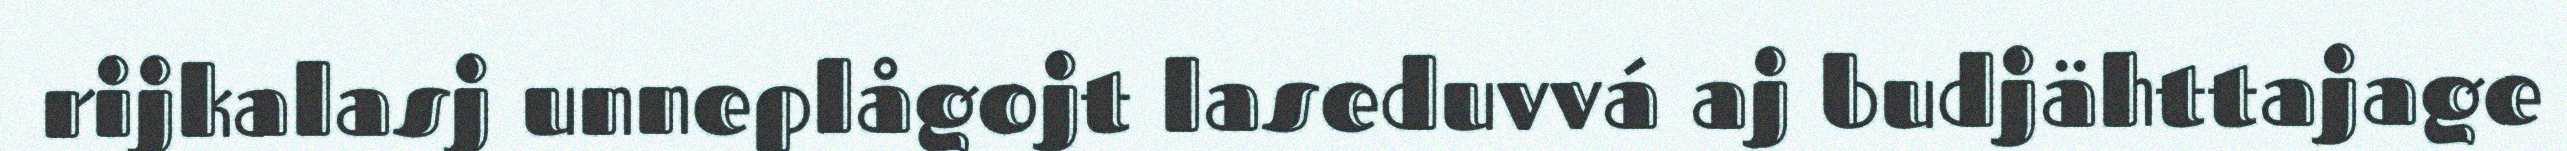
rijkalasj unneplågojt laseduvvá aj budjähttajage